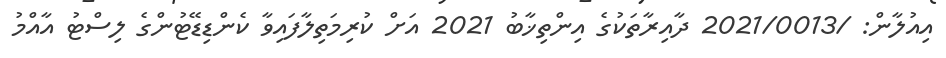
އިއުލާން: /2021/0013 ދާއިރާތަކުގެ އިންތިޚާބު 2021 އަށް ކުރިމަތިލާފައިވާ ކެންޑިޑޭޓުންގެ ލިސްޓު އާއްމު